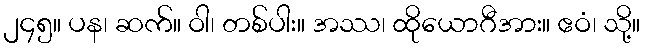
၂၄၅။ ပန၊ ဆက်။ ဝါ၊ တစ်ပါး။ အဿ၊ ထိုယောဂီအား။ ဧဝံ၊ သို့။